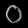
Digit: ၀